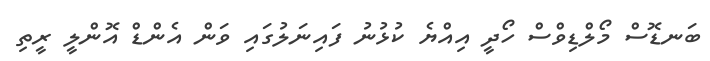
ބަނޑޮސް މޯލްޑިވްސް ހޯދީ އިއްޔެ ކުޅުނު ފައިނަލުގައި ވަން އެންޑް އޮންލީ ރީތި